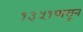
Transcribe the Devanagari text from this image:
१३५१पासून